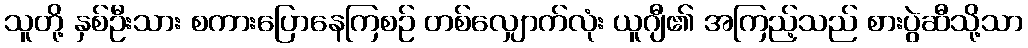
သူတို့ နှစ်ဦးသား စကားပြောနေကြစဉ် တစ်လျှောက်လုံး ယူဂျီ၏ အကြည့်သည် စားပွဲဆီသို့သာ